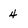
Character: 4